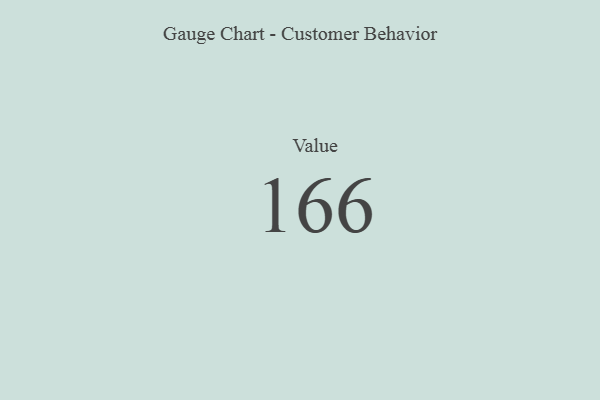
{"axis": {"x": "Metric", "y": "Value"}, "legend": [""], "data": [{"x": "Value", "y": 166, "type": ""}]}